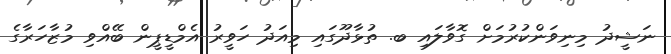
ނަޝީދު މިނިވަންކުރުމަށް ގޮވާލައި ބ. ތުޅާދޫގައި މިއަދު ހަވީރު އެމްޑީޕީން ބޭއްވި މުޒާހަރާގެ